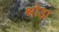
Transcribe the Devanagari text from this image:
श्रोडा